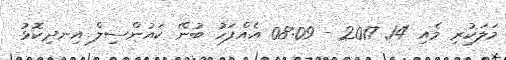
މަލަކުރި މެއި 14